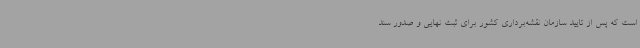
است که پس از تایید سازمان نقشه‌برداری کشور برای ثبت نهایی و صدور سند